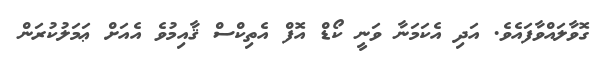
ގޮވާލައްވާފައެވެ. އަދި އެކަމަނާ ވަނީ ކޯޑް އޮފް އެތިކްސް ޤާއިމުވެ އެއަށް ޢަމަލުކުރަން